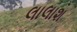
લાલાશ